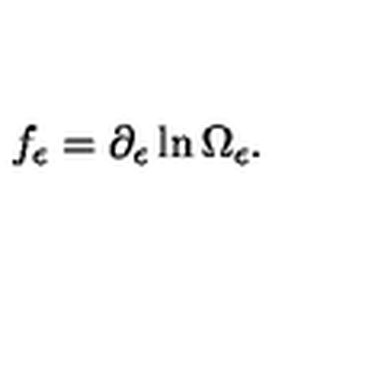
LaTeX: f _ { \epsilon } = \partial _ { \epsilon } \ln \Omega _ { \epsilon } .